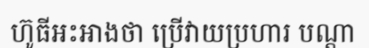
ហ៊ូធីអះអាងថា ប្រើវាយប្រហារ បណ្តា